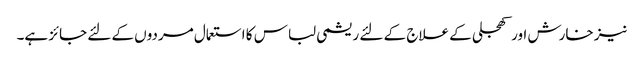
نیز خارش اور کھجلی کے علاج کے لئے ریشمی لباس کا استعمال مردوں کے لئے جائز ہے۔